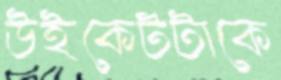
উইকেটটাকে